Indian Civil Veterinary Department memoirs
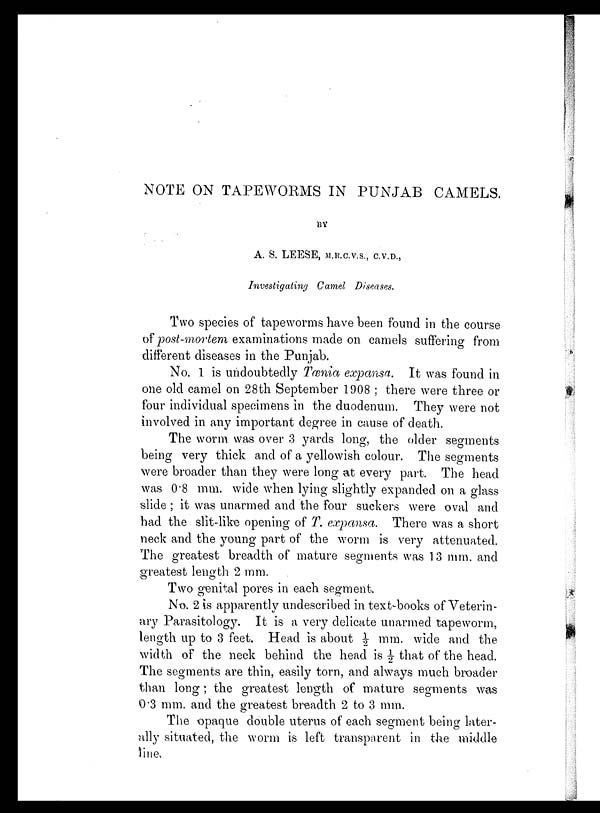
NOTE ON TAPEWORMS IN PUNJAB CAMELS.
BY
A. S. LEESE, M.R.C.V.S., C.V.D.,
Investigating Camel Diseases.
Two species of tapeworms have been found in the course
of post-mortem examinations made on camels suffering from
different diseases in the Punjab.
No. 1 is undoubtedly Tænia expansa. It was found in
one old camel on 28th September 1908 ; there were three or
four individual specimens in the duodenum. They were not
involved in any important degree in cause of death.
The worm was over 3 yards long, the older segments
being very thick and of a yellowish colour. The segments
were broader than they were long at every part. The head
was 0.8 mm. wide when lying slightly expanded on a glass
slide ; it was unarmed and the four suckers were oval and
had the slit-like opening of T. expansa. There was a short
neck and the young part of the worm is very attenuated.
The greatest breadth of mature segments was 13 mm. and
greatest length 2 mm.
Two genital pores in each segment.
No. 2 is apparently undescribed in text-books of Veterin-
ary Parasitology. It is a very delicate unarmed tapeworm,
length up to 3 feet. Head is about ½ mm. wide and the
width of the neck behind the head is ½ that of the head.
The segments are thin, easily torn, and always much broader
than long; the greatest length of mature segments was
0.3 mm. and the greatest breadth 2 to 3 mm.
The opaque double uterus of each segment being later-
ally situated, the worm is left transparent in the middle
line.